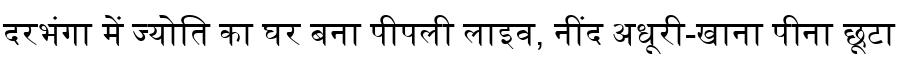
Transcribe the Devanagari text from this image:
दरभंगा में ज्योति का घर बना पीपली लाइव, नींद अधूरी-खाना पीना छूटा